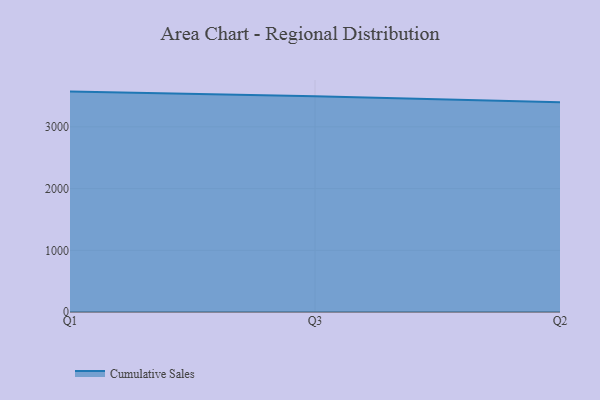
{"axis": {"x": "Quarter", "y": "Active Users"}, "legend": ["Cumulative Sales"], "data": [{"x": "Q1", "y": 3572.0, "type": "Cumulative Sales"}, {"x": "Q3", "y": 3498.1, "type": "Cumulative Sales"}, {"x": "Q2", "y": 3400.7, "type": "Cumulative Sales"}]}